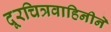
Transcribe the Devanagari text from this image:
दूरचित्रवाहिनीने